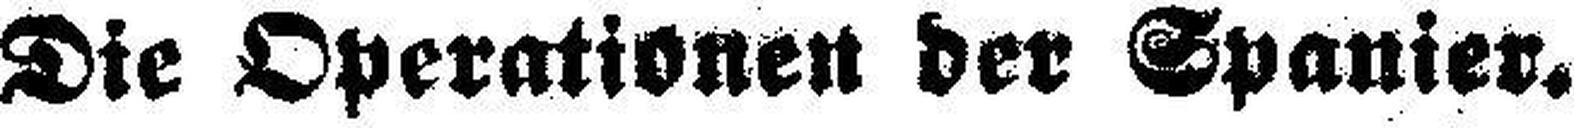
Die Operationen der Spanier.